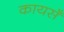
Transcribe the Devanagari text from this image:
कायसँ